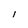
Character: l